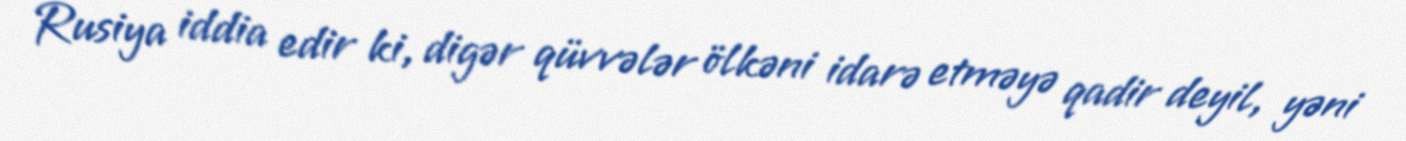
Rusiya iddia edir ki, digər qüvvələr ölkəni idarə etməyə qadir deyil, yəni